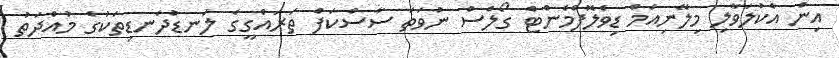
އިން އެކުލަވާލި މިލޭނިއަމް ޑިވެލޮޕްމެންޓް ގޯލްސް ނުވަތަ ސާސްކަފް ތަރައްގީގެ ލަނޑުދަނޑިތަކުގެ މުއްދަތުު